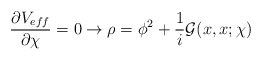
\begin{align*}\frac{\partial V_{eff}}{\partial \chi} =0 \rightarrow \rho=\phi^2 + \frac{1}{i}{\cal G}(x,x;\chi)\end{align*}